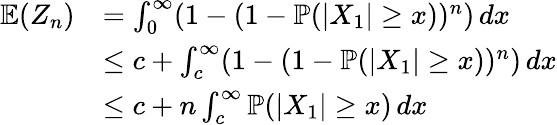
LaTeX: \begin{array}{rl}{\mathbb{E}(Z_{n})}&{=\int_{0}^{\infty}(1-(1-\mathbb{P}(|X_{1}|\geq x))^{n})\, dx}\\ &{\leq c+\int_{c}^{\infty}(1-(1-\mathbb{P}(|X_{1}|\geq x))^{n})\, dx}\\ &{\leq c+n\int_{c}^{\infty}\mathbb{P}(|X_{1}|\geq x)\, dx}\end{array}